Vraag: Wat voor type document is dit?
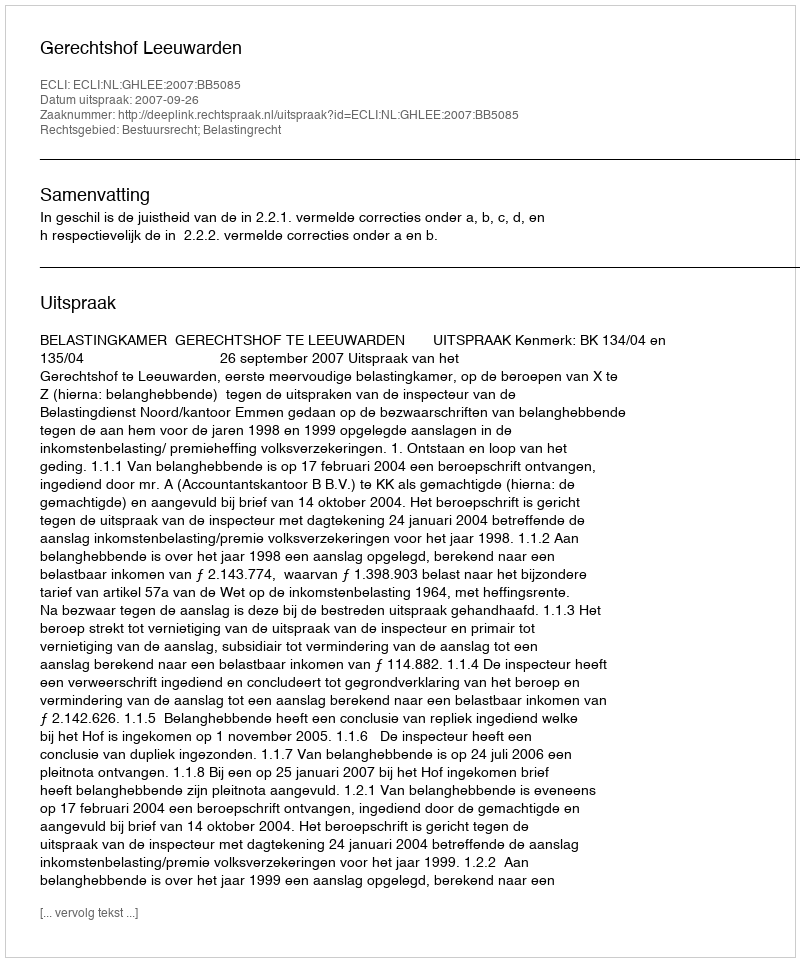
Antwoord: Uitspraak